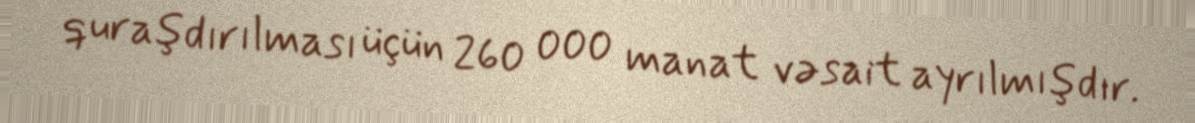
quraşdırılması üçün 260 000 manat vəsait ayrılmışdır.